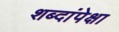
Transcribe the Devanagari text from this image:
शब्दांपेक्षा